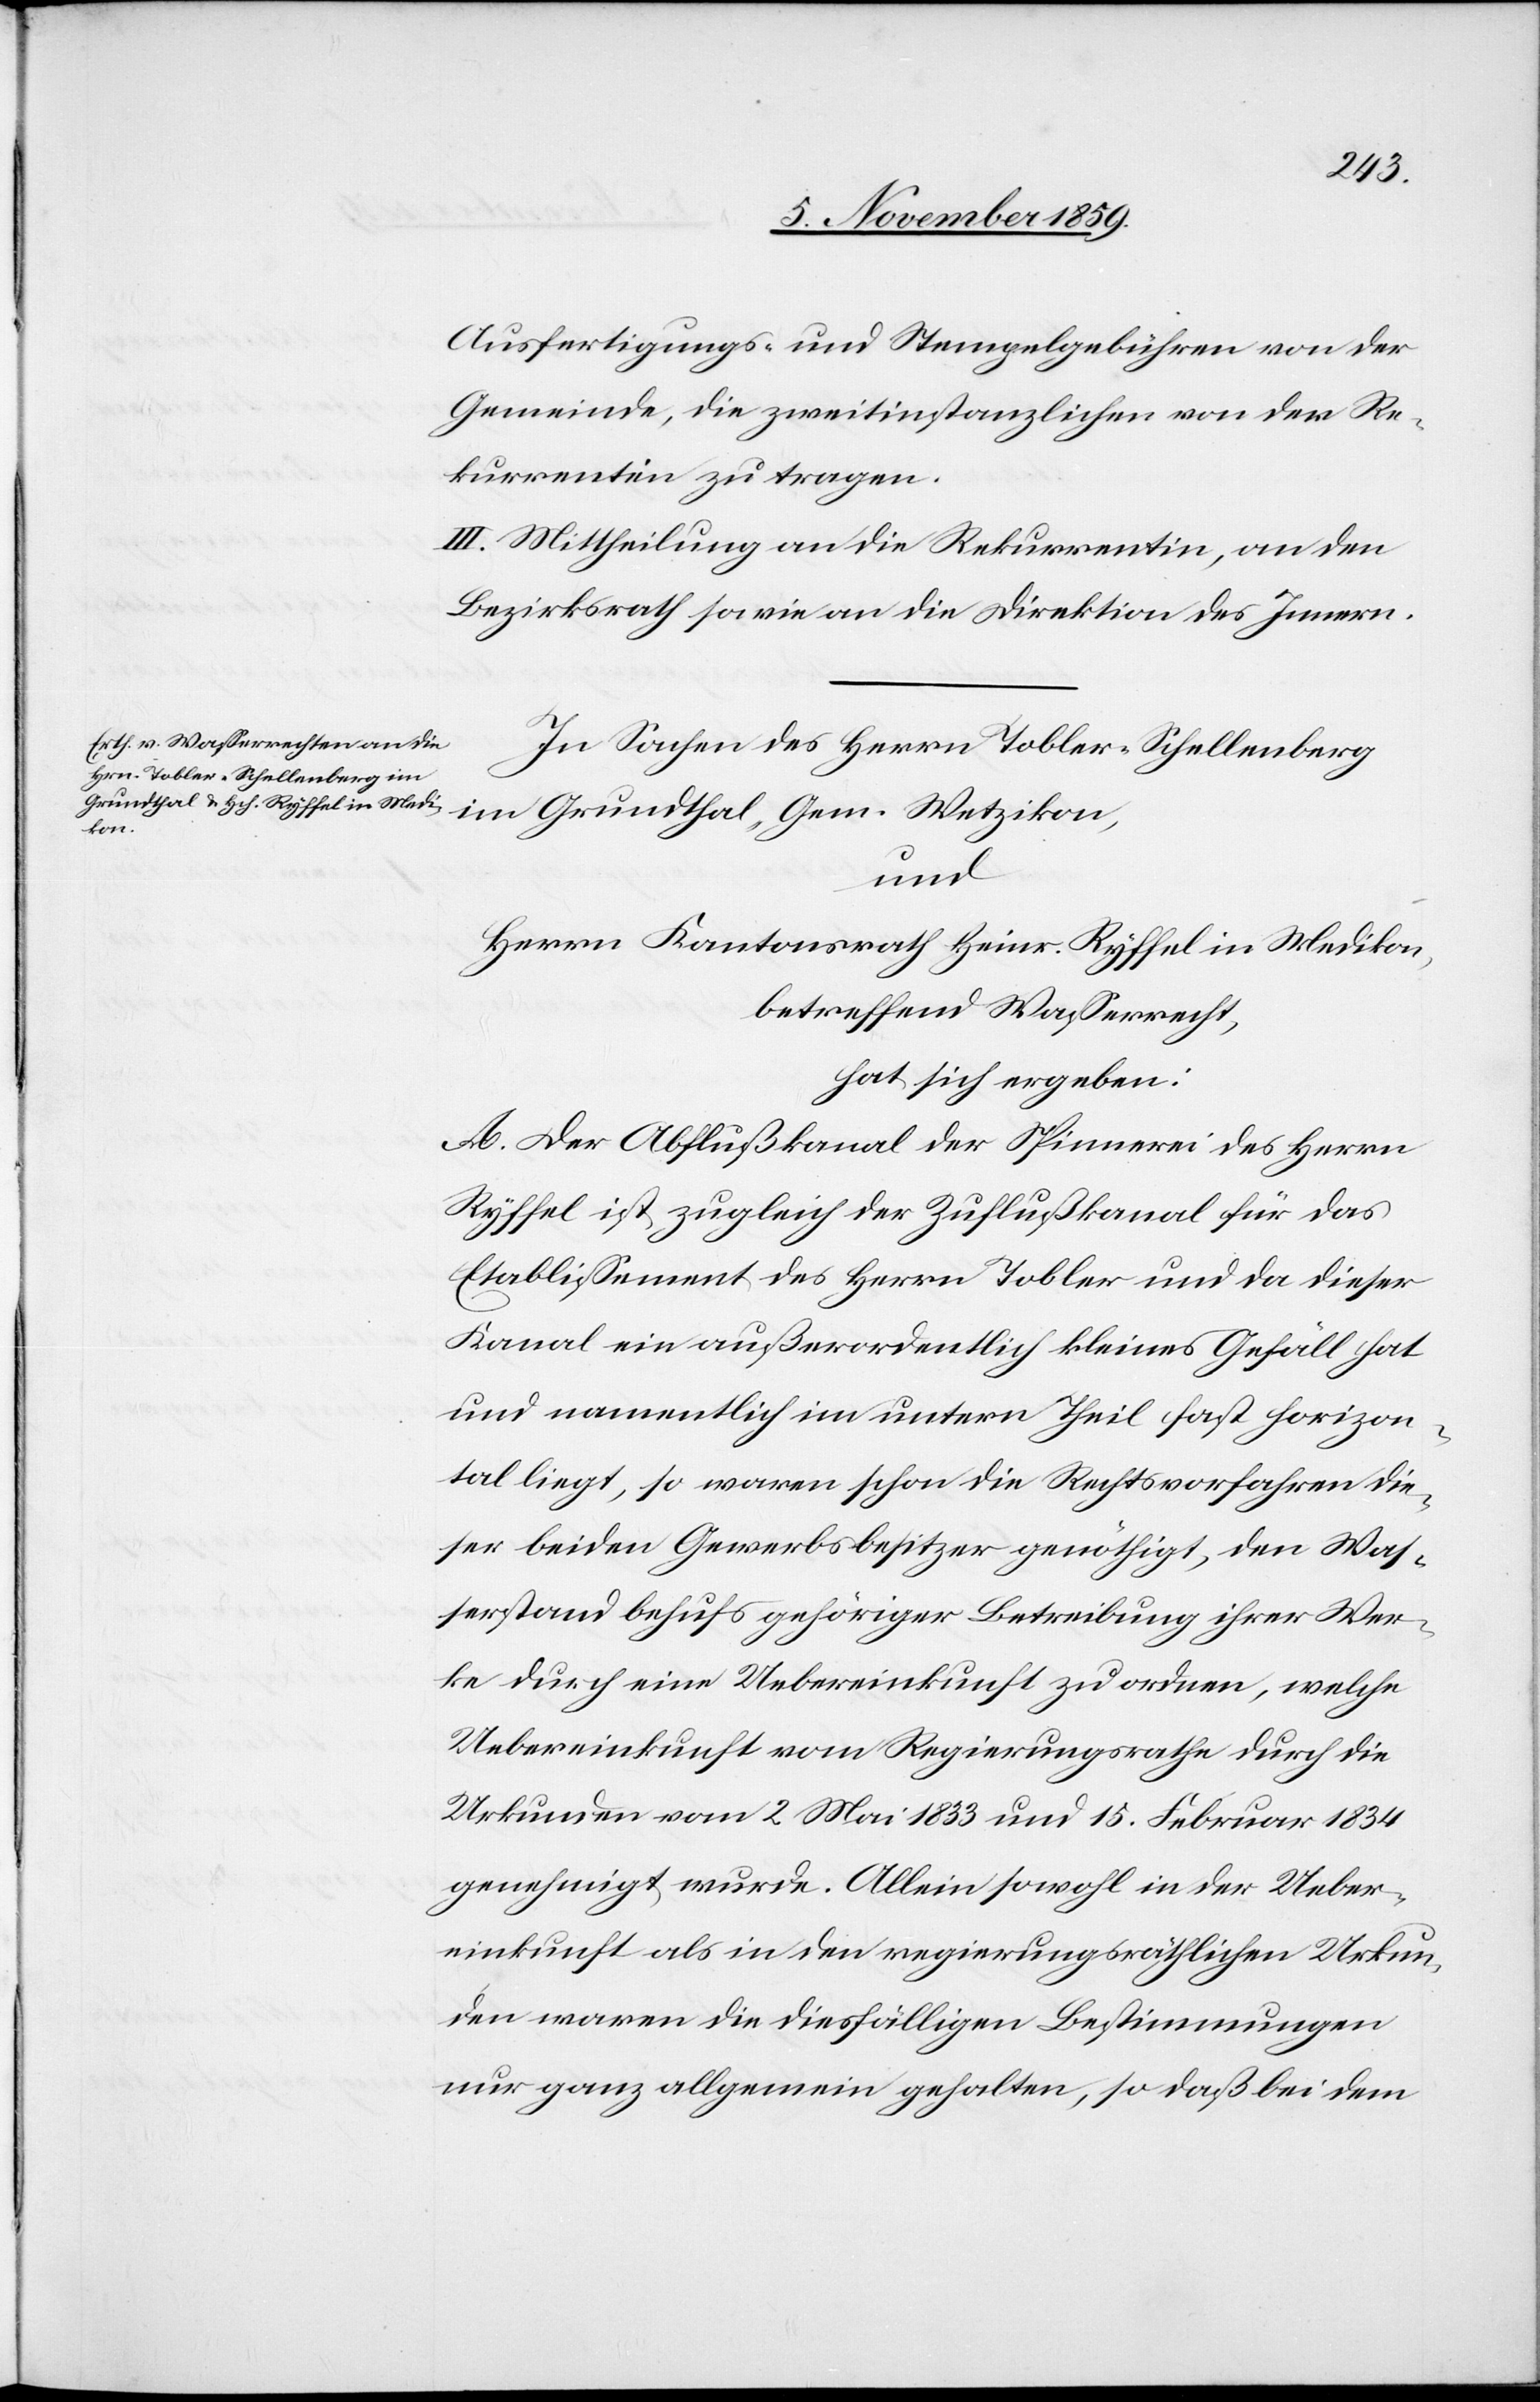
Ausfertigungs- und Stempelgebühren von der
Gemeinde, die zweitinstanzlichen von den Re¬
kurrenten zu tragen.
III. Mittheilung an die Rekurrentin, an den
Bezirksrath so wie an die Direktion des Innern.
In Sachen des Herrn Tobler-Schellenberg
und
Herrn Kantonsrath Heinr. Ryffel in Medikon,
betreffend Wasserrecht,
hat sich ergeben:
A. Der Abflußkanal der Spinnerei des Herrn
Ryffel ist zugleich der Zuflußkanal für das
Etablissement des Herrn Tobler und da dieser
Kanal ein außerordentlich kleines Gefäll hat
und namentlich im untern Theil fast horizon¬
tal liegt, so waren schon die Rechtsvorfahren die¬
ser beiden Gewerbsbesitzer genöthigt, den Was¬
serstand behufs gehöriger Betreibung ihrer Wer¬
ke durch eine Uebereinkunft zu ordnen, welche
Uebereinkunft vom Regierungsrathe durch die
Urkunden vom 2. Mai 1833 und 15. Februar 1834
genehmigt wurde. Allein sowohl in der Ueber¬
einkunft als in den regierungsräthlichen Urkun¬
den waren die diesfälligen Bestimmungen
nur ganz allgemein gehalten, so daß bei dem